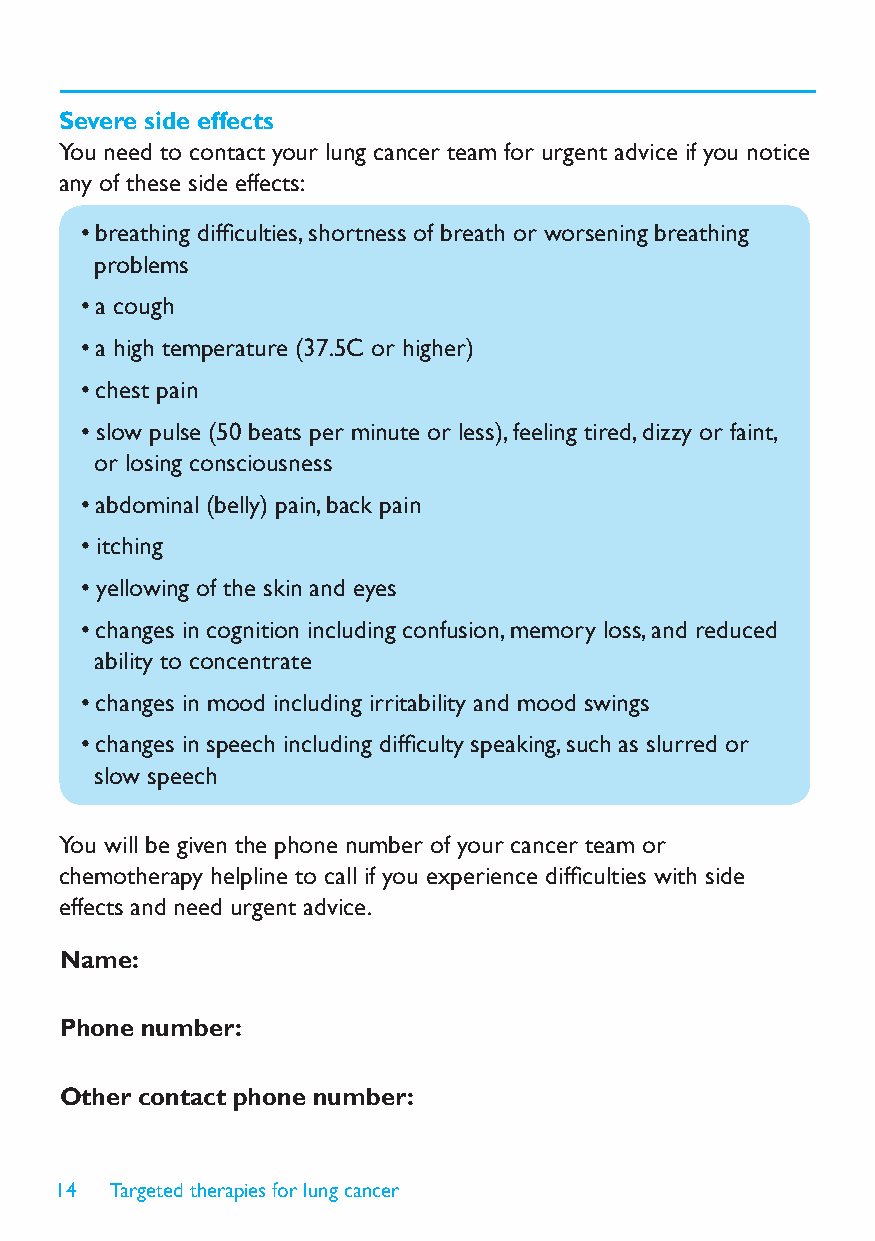
Severe side effects
 You need to contact your lung cancer team for urgent advice if you notice
 any of these side effects:
 • breathing diffi culties, shortness of breath or worsening breathing
 problems
 • a cough
 • a high temperature (37.5C or higher)
 • chest pain
 • slow pulse (50 beats per minute or less), feeling tired, dizzy or faint,
 or losing consciousness
 • abdominal (belly) pain, back pain
 • itching
 • yellowing of the skin and eyes
 • changes in cognition including confusion, memory loss, and reduced
 ability to concentrate
 • changes in mood including irritability and mood swings
 • changes in speech including diffi culty speaking, such as slurred or
 slow speech
 You will be given the phone number of your cancer team or
 chemotherapy helpline to call if you experience diffi culties with side
 effects and need urgent advice.
 Name:
 Phone number:
 Other contact phone number:
 14 Targeted therapies for lung cancer